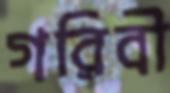
গরিবী